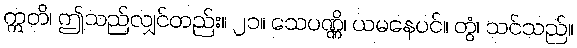
ဣတိ၊ ဤသည်လျှင်တည်း။ ၂၁။ သေပဏ္ဏိ၊ ယမနေပင်။ တွံ၊ သင်သည်။